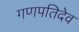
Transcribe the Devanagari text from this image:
गणपतिदेव